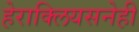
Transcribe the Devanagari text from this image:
हेराक्लियसनेही